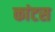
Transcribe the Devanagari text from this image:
कांटस